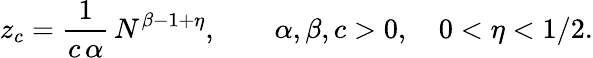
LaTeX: z_{c}=\frac{1}{c\, \alpha}\, N^{\beta-1+\eta},\qquad\alpha,\beta,c>0,\quad 0<\eta<{1}/{2}.